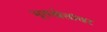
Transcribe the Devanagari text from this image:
भूतखेतांवर